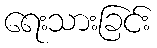
ရေးသားခြင်း